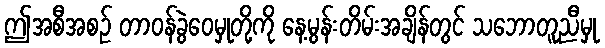
ဤအစီအစဉ် တာဝန်ခွဲဝေမှုတို့ကို နေ့မွန်းတိမ်းအချိန်တွင် သဘောတူညီမှု